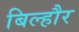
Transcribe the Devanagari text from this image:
बिल्‍हौर